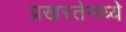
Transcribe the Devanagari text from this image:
प्रखरतेमध्ये